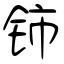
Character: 铈